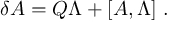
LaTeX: \delta A = Q \Lambda + [ A , \Lambda ] \ .